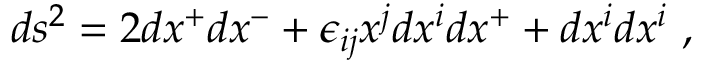
d s ^ { 2 } = 2 d x ^ { + } d x ^ { - } + \epsilon _ { i j } x ^ { j } d x ^ { i } d x ^ { + } + d x ^ { i } d x ^ { i } ~ ,